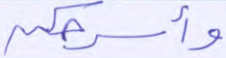
وأسرحكن